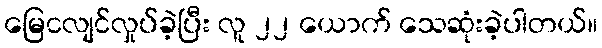
မြေငလျင်လှုပ်ခဲ့ပြီး လူ ၂၂ ယောက် သေဆုံးခဲ့ပါတယ်။